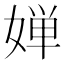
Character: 婵